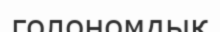
голономдық